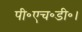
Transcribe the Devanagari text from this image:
पी॰एच॰डी॰।